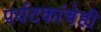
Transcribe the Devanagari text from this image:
पर्यटकांचेही